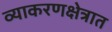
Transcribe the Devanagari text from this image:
व्याकरणक्षेत्रात